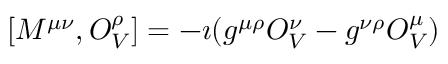
[ M ^ { \mu \nu } , O _ { V } ^ { \rho } ] = - \imath ( g ^ { \mu \rho } O _ { V } ^ { \nu } - g ^ { \nu \rho } O _ { V } ^ { \mu } )